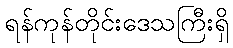
ရန်ကုန်တိုင်းဒေသကြီးရှိ